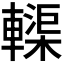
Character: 𫐀